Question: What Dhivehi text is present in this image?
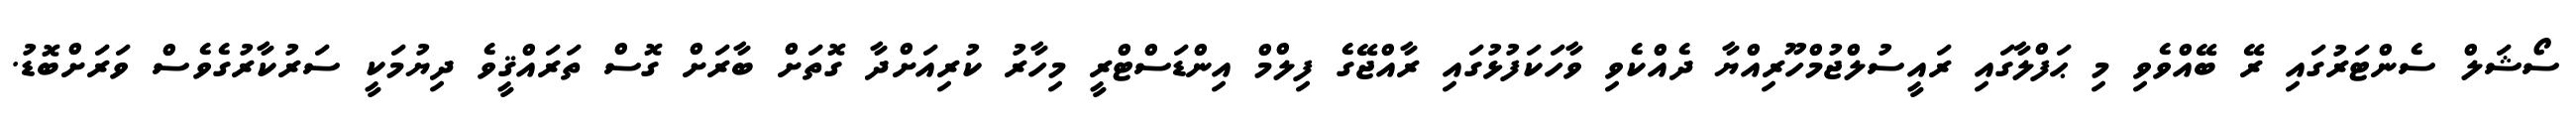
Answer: ސޯޝަލް ސެންޓަރުގައި ރޭ ބޭއްވެވި މި ޙަފްލާގައި ރައީސުލްޖުމްހޫރިއްޔާ ދެއްކެވި ވާހަކަފުޅުގައި ރާއްޖޭގެ ފިލްމް އިންޑަސްޓްރީ މިހާރު ކުރިއަށްދާ ގޮތަށް ބާރަށް ގޮސް ތަރައްޤީވެ ދިޔުމަކީ ސަރުކާރުގެވެސް ވަރަށްބޮޑު.